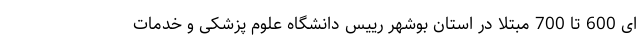
ای 600 تا 700 مبتلا در استان بوشهر رییس دانشگاه علوم پزشکی و خدمات